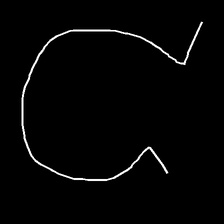
Glyph: weave